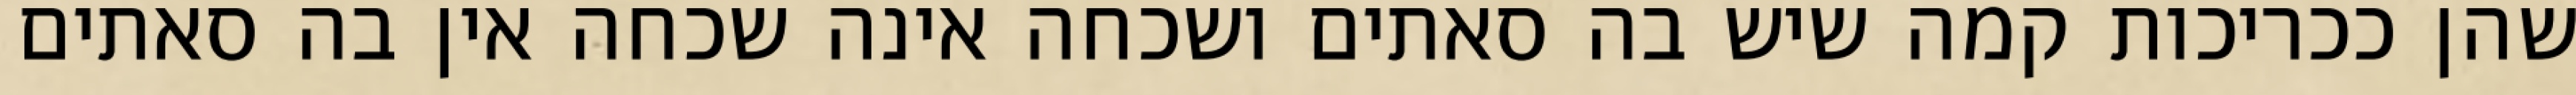
שהן ככריכות קמה שיש בה סאתים ושכחה אינה שכחה אין בה סאתים